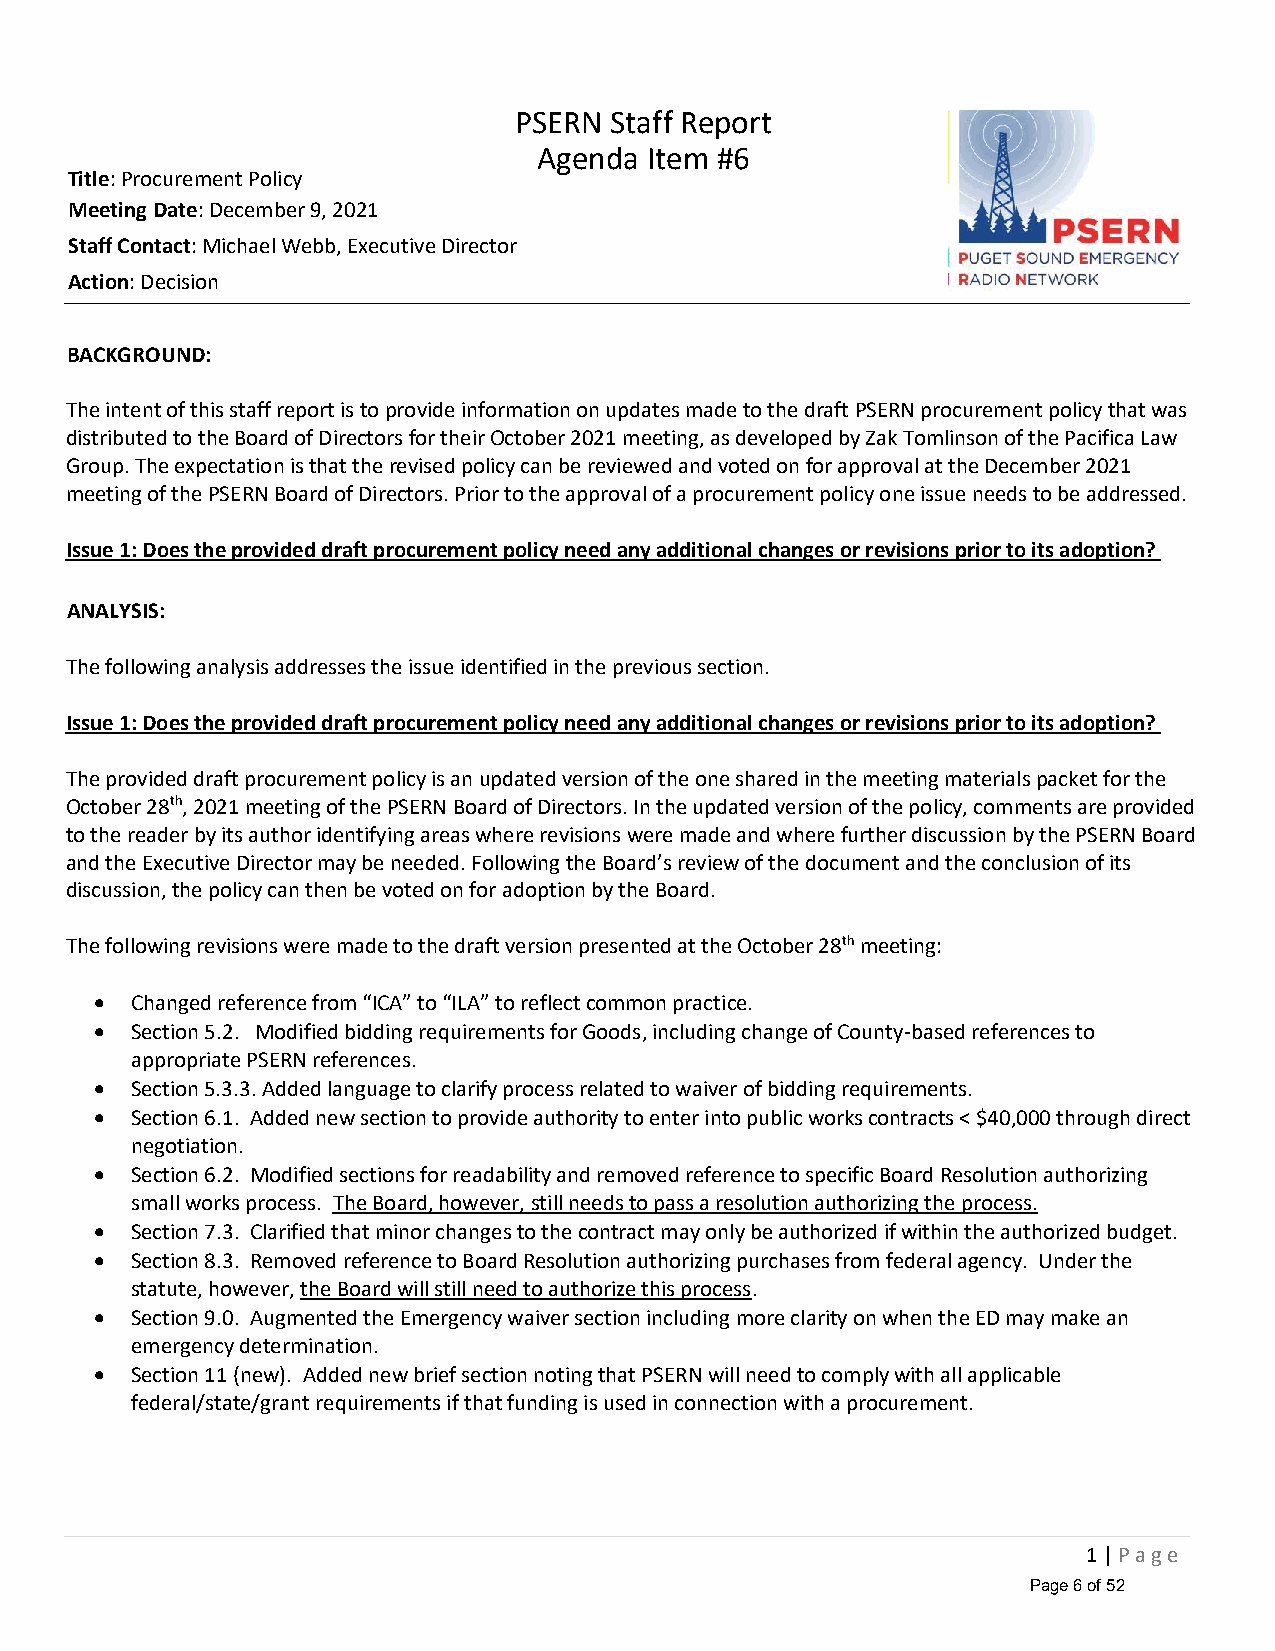
PSERN Staff Report
 Agenda Item #6
 Title: Procurement Policy
 Meeting Date: December 9, 2021
 Staff Contact: Michael Webb, Executive Director
 Action: Decision
 BACKGROUND:
 The intent of this staff report is to provide information on updates made to the draft PSERN procurement policy that was
 distributed to the Board of Directors for their October 2021 meeting, as developed by Zak Tomlinson of the Pacifica Law
 Group. The expectation is that the revised policy can be reviewed and voted on for approval at the December 2021
 meeting of the PSERN Board of Directors. Prior to the approval of a procurement policy one issue needs to be addressed.
 Issue 1: Does the provided draft procurement policy need any additional changes or revisions prior to its adoption?
 ANALYSIS:
 The following analysis addresses the issue identified in the previous section.
 Issue 1: Does the provided draft procurement policy need any additional changes or revisions prior to its adoption?
 The provided draft procurement policy is an updated version of the one shared in the meeting materials packet for the
 October 28th, 2021 meeting of the PSERN Board of Directors. In the updated version of the policy, comments are provided
 to the reader by its author identifying areas where revisions were made and where further discussion by the PSERN Board
 and the Executive Director may be needed. Following the Board’s review of the document and the conclusion of its
 discussion, the policy can then be voted on for adoption by the Board.
 The following revisions were made to the draft version presented at the October 28th meeting:
 •  Changed reference from “ICA” to “ILA” to reflect common practice.
 •  Section 5.2. Modified bidding requirements for Goods, including change of County-based references to
 appropriate PSERN references.
 •  Section 5.3.3. Added language to clarify process related to waiver of bidding requirements.
 •  Section 6.1. Added new section to provide authority to enter into public works contracts < $40,000 through direct
 negotiation.
 •  Section 6.2. Modified sections for readability and removed reference to specific Board Resolution authorizing
 small works process. The Board, however, still needs to pass a resolution authorizing the process.
 •  Section 7.3. Clarified that minor changes to the contract may only be authorized if within the authorized budget.
 •  Section 8.3. Removed reference to Board Resolution authorizing purchases from federal agency. Under the
 statute, however, the Board will still need to authorize this process.
 •  Section 9.0. Augmented the Emergency waiver section including more clarity on when the ED may make an
 emergency determination.
 •  Section 11 (new). Added new brief section noting that PSERN will need to comply with all applicable
 federal/state/grant requirements if that funding is used in connection with a procurement.
 1 | P a g e
 Page 6 of 52